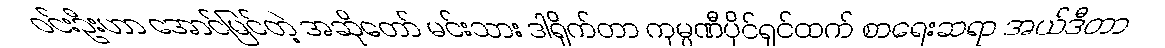
ဝင်းဦးဟာ အောင်မြင်တဲ့ အဆိုတော် မင်းသား ဒါရိုက်တာ ကုမ္ပဏီပိုင်ရှင်ထက် စာရေးဆရာ အယ်ဒီတာ